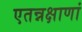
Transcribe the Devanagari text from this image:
एतन्नक्षाणां